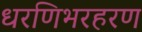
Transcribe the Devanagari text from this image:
धरणिभरहरण